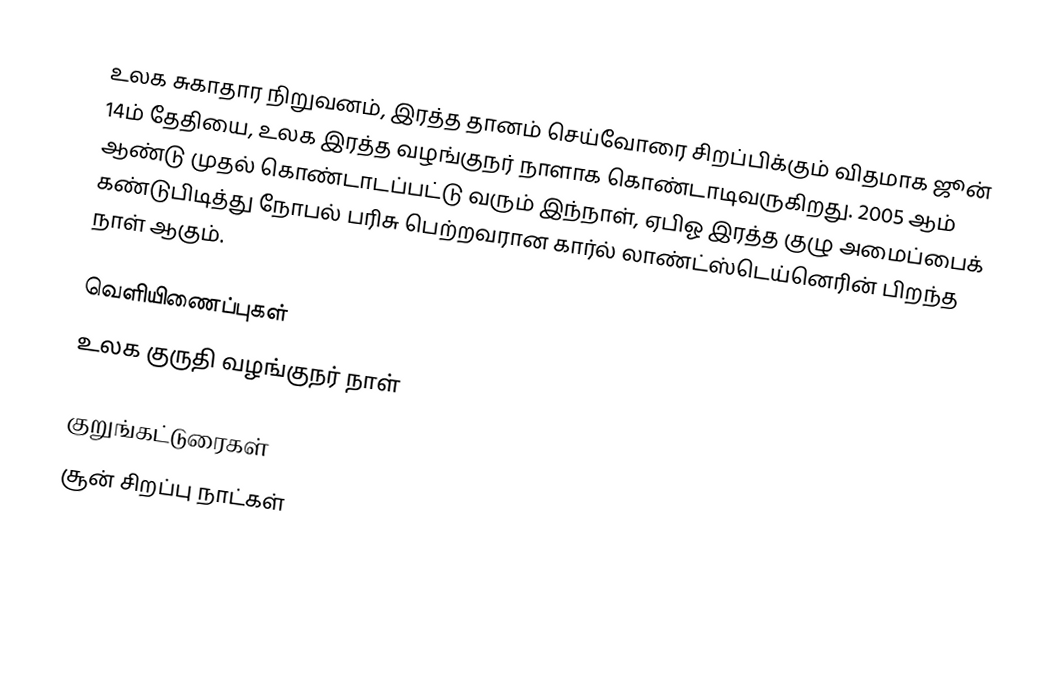
உலக சுகாதார நிறுவனம், இரத்த தானம் செய்வோரை சிறப்பிக்கும் விதமாக ஜூன் 14ம்  தேதியை, உலக இரத்த வழங்குநர் நாளாக கொண்டாடிவருகிறது. 2005 ஆம் ஆண்டு முதல் கொண்டாடப்பட்டு வரும் இந்நாள், ஏபிஓ இரத்த குழு அமைப்பைக் கண்டுபிடித்து நோபல் பரிசு பெற்றவரான கார்ல் லாண்ட்ஸ்டெய்னெரின் பிறந்த நாள் ஆகும்.

வெளியிணைப்புகள்
உலக குருதி வழங்குநர் நாள்

குறுங்கட்டுரைகள்
சூன் சிறப்பு நாட்கள்